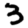
Digit: 3